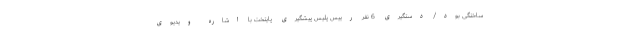
ساختگی بود/ دستگیری 6 نفر رییس پلیس پیشگیری پایتخت با اشاره ویدیوی